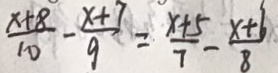
\frac { x + 8 } { 1 0 } - \frac { x + 7 } { 9 } = \frac { x + 5 } { 7 } - \frac { x + 6 } { 8 }